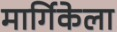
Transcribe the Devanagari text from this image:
मार्गिकेला